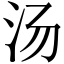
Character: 汤